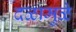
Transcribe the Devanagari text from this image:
दळामुळे